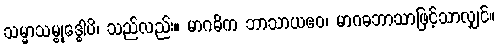
သမ္မာသမ္ဗုဒ္ဓေါပိ၊ သည်လည်း။ မာဂဓိက ဘာသာယဧဝ၊ မာဂဓဘာသာဖြင့်သာလျှင်။